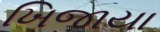
ખિજાયા